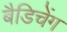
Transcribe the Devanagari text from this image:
बैडिचेंग